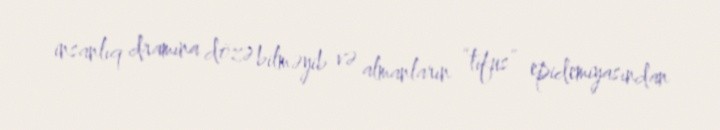
insanlıq dramına dözə bilməyib və almanların “tifus” epidemiyasından